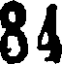
84